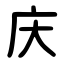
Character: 庆